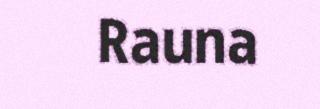
Rauna